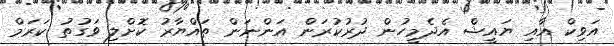
އަވިކް އާއި ޔައީޝް އެދެމީހުން ދުރުކުރަން އަންނަން ތައްޔާރު ކޮށްލި ވަގުތު ކަރަމް